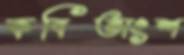
কবিতাংশ